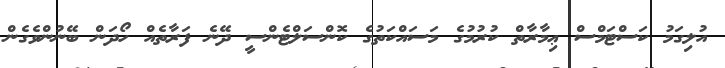
އުލިގަމު ކަސްޓަމްސް ޢިމާރާތް ކުރުމުގެ މަސައްކަތުގެ ކޮންސަލްޓެންސީ ދޭނެ ފަރާތެއް ހޯދަން ބޭނުންވެގެން